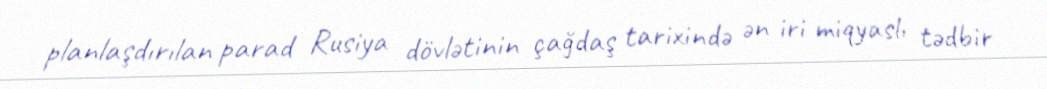
planlaşdırılan parad Rusiya dövlətinin çağdaş tarixində ən iri miqyaslı tədbir